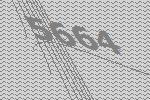
5664